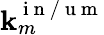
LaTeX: \mathbf{k}_{m}^{\mathrm{{~i~n~/~u~m~}}}